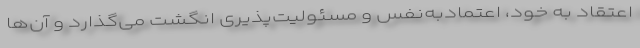
اعتقاد به خود، اعتماد‌به‌نفس و مسئولیت‌پذیری انگشت می‌گذارد و آن‌ها